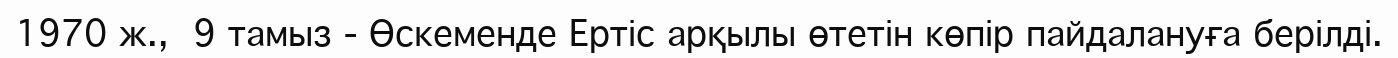
1970 ж.,  9 тамыз - Өскеменде Ертіс арқылы өтетін көпір пайдалануға берілді.